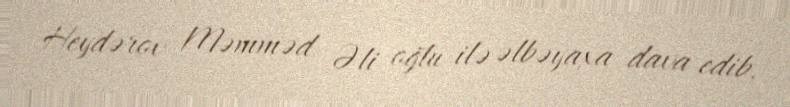
Heydərov Məmməd Əli oğlu ilə əlbəyaxa dava edib.